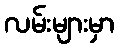
လမ်းများမှာ